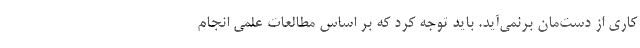
کاری از دست‌مان برنمی‌آید. باید توجه کرد که بر اساس مطالعات علمی انجام